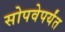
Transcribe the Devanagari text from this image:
सोपवेपर्यंत